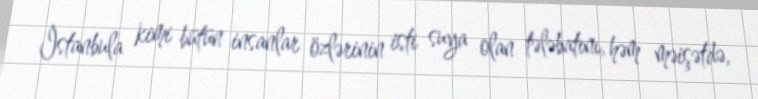
İstanbula kimi bütün insanlar özlərinin isti suya olan tələbatını, həm məişətdə,